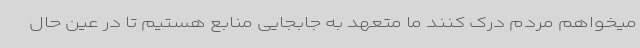
میخواهم مردم درک کنند ما متعهد به جابجایی منابع هستیم تا در عین حال